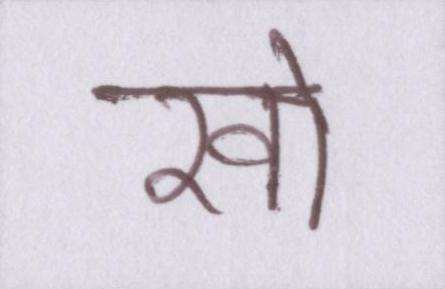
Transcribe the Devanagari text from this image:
खो